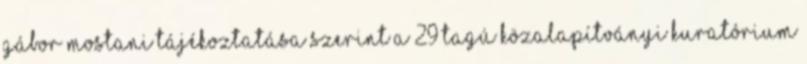
Gábor mostani tájékoztatása szerint a 29 tagú közalapítványi kuratórium